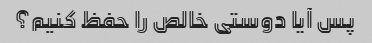
پس آیا دوستی خالص را حفظ کنیم؟